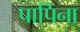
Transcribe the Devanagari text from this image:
पापिना